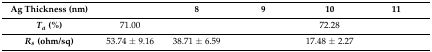
<table><thead><tr><td><b>Ag Thickness (nm)</b></td><td>[EMPTY_CELL]</td><td><b>8</b></td><td><b>9</b></td><td><b>10</b></td><td><b>11</b></td></tr></thead><tbody><tr><td><b><i>T<sub>a</sub></i> (%)</b></td><td>71.00</td><td>[EMPTY_CELL]</td><td>[EMPTY_CELL]</td><td>72.28</td><td>[EMPTY_CELL]</td></tr><tr><td><b><i>R<sub>s</sub></i> (ohm/sq)</b></td><td>53.74 ± 9.16</td><td>38.71 ± 6.59</td><td>[EMPTY_CELL]</td><td>17.48 ± 2.27</td><td>[EMPTY_CELL]</td></tr></tbody></table>